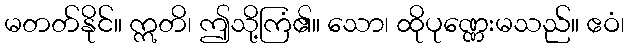
မတတ်နိုင်။ ဣတိ၊ ဤသို့ကြံ၏။ သော၊ ထိုပုဏ္ဏေးမသည်။ ဧဝံ၊